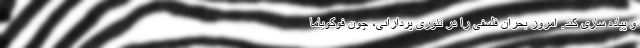
و پیاده سازی کند. امروز بحران فلسفی را در تئوری پردازانی، چون فوکویاما